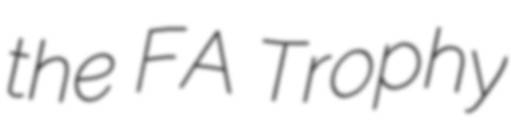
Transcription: the FA Trophy